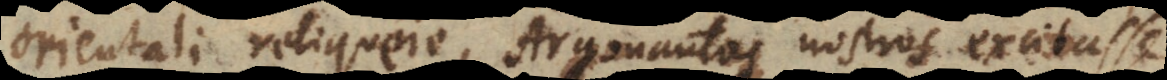
orientali reliquere, Argonautas nostros excitas